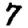
Digit: 7